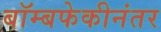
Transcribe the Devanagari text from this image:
बॉम्बफेकीनंतर